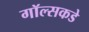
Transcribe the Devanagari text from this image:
गॉल्सकडे